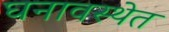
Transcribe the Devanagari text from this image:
घनावस्थेत